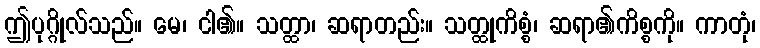
ဤပုဂ္ဂိုလ်သည်။ မေ၊ ငါ၏။ သတ္ထာ၊ ဆရာတည်း။ သတ္ထုကိစ္စံ၊ ဆရာ၏ကိစ္စကို။ ကာတုံ၊